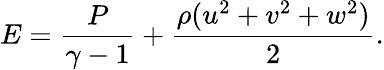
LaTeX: E=\frac{P}{\gamma-1}+\frac{\rho(u^{2}+v^{2}+w^{2})}{2}.